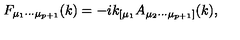
F _ { { \mu } _ { 1 } { \cdots } { \mu } _ { p + 1 } } ( k ) = - i k _ { [ { \mu } _ { 1 } } A _ { { \mu } _ { 2 } { \cdots } { \mu } _ { p + 1 } ] } ( k ) ,